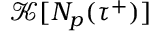
\mathcal { K } [ N _ { p } ( { \tau } ^ { + } ) ]